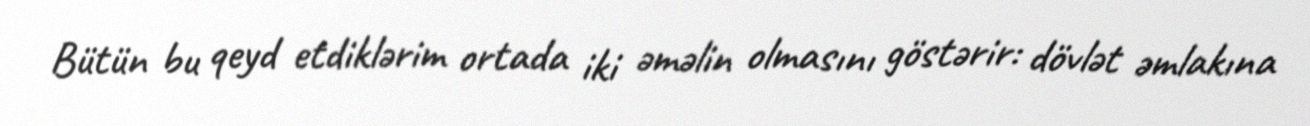
Bütün bu qeyd etdiklərim ortada iki əməlin olmasını göstərir: dövlət əmlakına